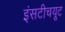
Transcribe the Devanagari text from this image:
इंसटीचयूट